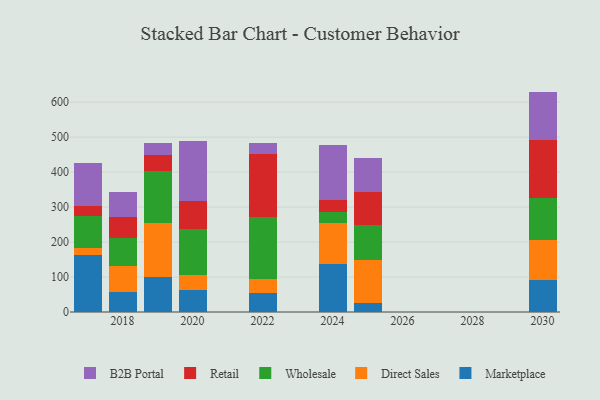
{"axis": {"x": "Year", "y": "Temperature (°C)"}, "legend": ["B2B Portal", "Direct Sales", "Marketplace", "Retail", "Wholesale"], "data": [{"x": "2019", "y": 98.7, "type": "Marketplace"}, {"x": "2019", "y": 156.4, "type": "Direct Sales"}, {"x": "2019", "y": 148.5, "type": "Wholesale"}, {"x": "2019", "y": 46.6, "type": "Retail"}, {"x": "2019", "y": 32.5, "type": "B2B Portal"}, {"x": "2018", "y": 57.8, "type": "Marketplace"}, {"x": "2018", "y": 73.8, "type": "Direct Sales"}, {"x": "2018", "y": 81.0, "type": "Wholesale"}, {"x": "2018", "y": 60.3, "type": "Retail"}, {"x": "2018", "y": 71.3, "type": "B2B Portal"}, {"x": "2025", "y": 24.9, "type": "Marketplace"}, {"x": "2025", "y": 123.9, "type": "Direct Sales"}, {"x": "2025", "y": 100.3, "type": "Wholesale"}, {"x": "2025", "y": 94.2, "type": "Retail"}, {"x": "2025", "y": 96.1, "type": "B2B Portal"}, {"x": "2017", "y": 162.0, "type": "Marketplace"}, {"x": "2017", "y": 22.0, "type": "Direct Sales"}, {"x": "2017", "y": 89.4, "type": "Wholesale"}, {"x": "2017", "y": 28.7, "type": "Retail"}, {"x": "2017", "y": 123.4, "type": "B2B Portal"}, {"x": "2024", "y": 137.2, "type": "Marketplace"}, {"x": "2024", "y": 116.8, "type": "Direct Sales"}, {"x": "2024", "y": 30.9, "type": "Wholesale"}, {"x": "2024", "y": 35.2, "type": "Retail"}, {"x": "2024", "y": 157.6, "type": "B2B Portal"}, {"x": "2022", "y": 55.4, "type": "Marketplace"}, {"x": "2022", "y": 38.7, "type": "Direct Sales"}, {"x": "2022", "y": 178.7, "type": "Wholesale"}, {"x": "2022", "y": 178.0, "type": "Retail"}, {"x": "2022", "y": 31.8, "type": "B2B Portal"}, {"x": "2030", "y": 92.6, "type": "Marketplace"}, {"x": "2030", "y": 114.1, "type": "Direct Sales"}, {"x": "2030", "y": 120.4, "type": "Wholesale"}, {"x": "2030", "y": 164.1, "type": "Retail"}, {"x": "2030", "y": 139.1, "type": "B2B Portal"}, {"x": "2020", "y": 63.3, "type": "Marketplace"}, {"x": "2020", "y": 41.7, "type": "Direct Sales"}, {"x": "2020", "y": 133.2, "type": "Wholesale"}, {"x": "2020", "y": 80.1, "type": "Retail"}, {"x": "2020", "y": 171.2, "type": "B2B Portal"}]}